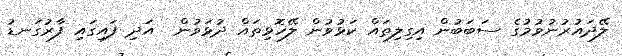
ލޭދައުރުނުވުމުގެ ސަބަބުން އިގިލިތައް ކަޅުވުން ލޭހޮޅިތައް ދުޅަވުން  އަދި ފައިގައި ފާރުގަނޑު